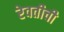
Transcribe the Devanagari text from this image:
रेवतीची